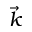
\vec { k }